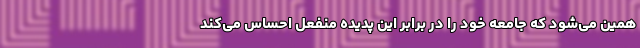
همین می‌شود که جامعه خود را در برابر این پدیده منفعل احساس می‌کند